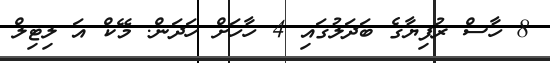
8 ހާސް ރުފިޔާގެ ބަދަލުގައި 4 ހާހަށް ހަދަން. މޭކް އަ ލިޓިލް